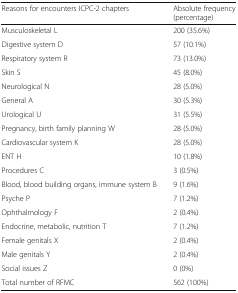
| Reasons for encounters ICPC-2 chapters | Absolute frequency (percentage) |
 | --- | --- |
 | Musculoskeletal L | 200 (35.6%) |
 | Digestive system D | 57 (10.1%) |
 | Respiratory system R | 73 (13.0%) |
 | Skin S | 45 (8.0%) |
 | Neurological N | 28 (5.0%) |
 | General A | 30 (5.3%) |
 | Urological U | 31 (5.5%) |
 | Pregnancy, birth family planning W | 28 (5.0%) |
 | Cardiovascular system K | 28 (5.0%) |
 | ENT H | 10 (1.8%) |
 | Procedures C | 3 (0.5%) |
 | Blood, blood building organs, immune system B | 9 (1.6%) |
 | Psyche P | 7 (1.2%) |
 | Ophthalmology F | 2 (0.4%) |
 | Endocrine, metabolic, nutrition T | 7 (1.2%) |
 | Female genitals X | 2 (0.4%) |
 | Male genitals Y | 2 (0.4%) |
 | Social issues Z | 0 (0%) |
 | Total number of RFMC | 562 (100%) |